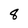
Character: 8